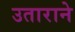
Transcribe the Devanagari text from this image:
उताराने